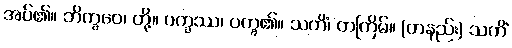
အပ်၏။ ဘိက္ခဝေ၊ တို့။ ပက္ခဿ၊ ပက္ခ၏။ သကိံ၊ တကြိမ်။ (တနည်း) သကိံ